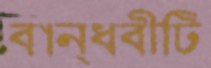
বান্ধবীটি